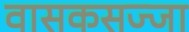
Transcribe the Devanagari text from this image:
वासकसज्जा